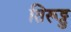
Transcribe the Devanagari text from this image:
तिरूट्टु